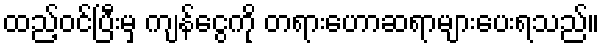
ထည့်ဝင်ပြီးမှ ကျန်ငွေကို တရားဟောဆရာများပေးရသည်။